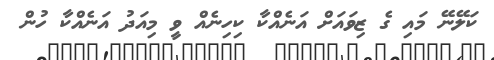
ކަލޭނޭ މައި ގެ ޒިވައަށް އަނެއްކާ ކިހިނެއް ވީ މިއަދު އަނެއްކާ ހުން